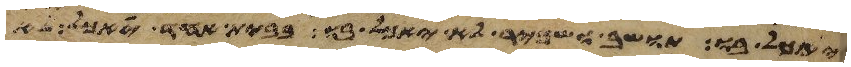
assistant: יאכל בו תושב ושכיר לא יאכל בו בבית אחד יאכל לא